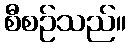
စီစဉ်သည်။